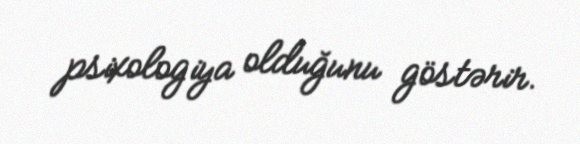
psixologiya olduğunu göstərir.